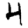
Digit: 4